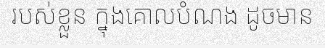
របស់ខ្លួន ក្នុងគោលបំណង ដូចមាន